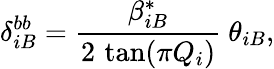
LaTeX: \delta_{iB}^{bb}=\frac{\beta_{iB}^{*}}{2\, \tan(\pi Q_{i})}~\theta_{iB},